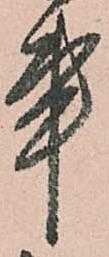
事